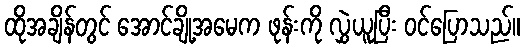
ထိုအချိန်တွင် အောင်ချို့အမေက ဖုန်းကို လွှဲယူပြီး ဝင်ပြောသည်။